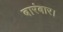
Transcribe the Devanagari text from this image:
बारंबार।